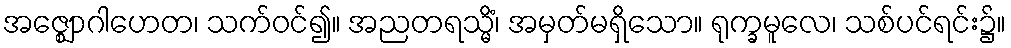
အဇ္ဈောဂါဟေတ၊ သက်ဝင်၍။ အညတရသ္မိံ၊ အမှတ်မရှိသော။ ရုက္ခမူလေ၊ သစ်ပင်ရင်း၌။